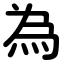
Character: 為